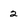
Character: 2